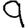
Digit: 9